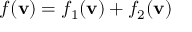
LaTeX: f ( \mathbf { v } ) = f _ { 1 } ( \mathbf { v } ) + f _ { 2 } ( \mathbf { v } )